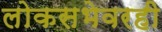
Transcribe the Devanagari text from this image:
लोकसभेवरही